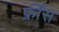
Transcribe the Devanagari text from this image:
फ्रींस